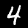
Label: 4